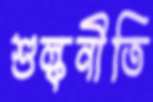
শুল্কনীতি